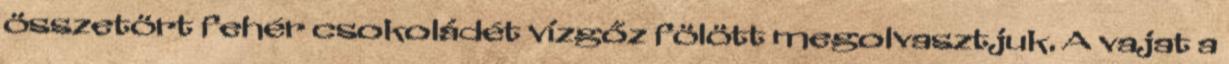
összetört fehér csokoládét vízgőz fölött megolvasztjuk. A vajat a